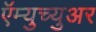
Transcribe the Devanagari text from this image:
ऍम्युच्युअर